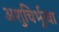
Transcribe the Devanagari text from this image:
अशुचिर्भूत्वा